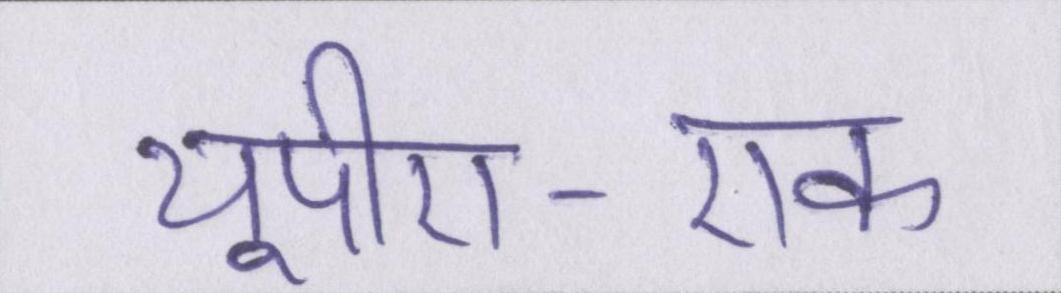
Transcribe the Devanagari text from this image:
यूपीए-एक